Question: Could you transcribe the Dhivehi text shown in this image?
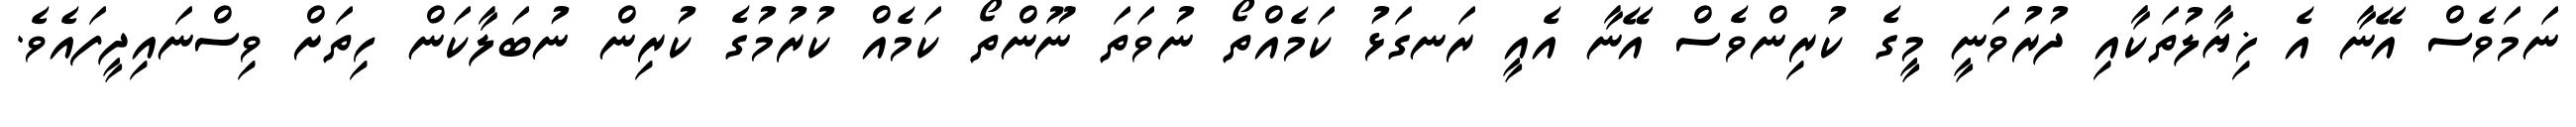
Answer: ނަމަވެސް އޭނާ އެ ޚިޔާލުތަކާއި ދުރުވަނީ މީގެ ކުރިންވެސް އޭނާ އެއީ ރަނގަޅު ކަމެއްތޯ ނުވަތަ ނޫންތޯ ކަމެއް ކުރުމުގެ ކުރިން ނުބަލާކަން ހިތަށް ވިސްނައިދީފައެވެ.